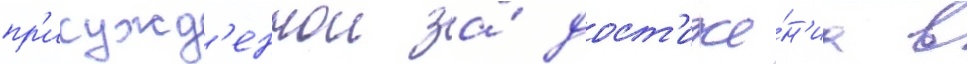
пр'исужд'еннои за́ дост'иже́н'иа в